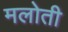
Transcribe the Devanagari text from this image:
मलोती